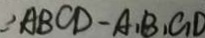
\because A B C D - A _ { 1 } B _ { 1 } C _ { 1 } D